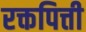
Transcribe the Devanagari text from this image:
रक्तपित्ती